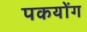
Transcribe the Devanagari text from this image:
पकयोंग